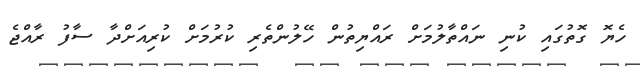
ހެޔޮ ގޮތުގައި ކުނި ނައްތާލުމަށް ރައްޔިތުން ހޭލުންތެރި ކުރުމަށް ކުރިއަށްދާ ސާފު ރާއްޖެ